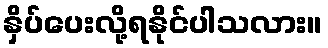
နှိပ်ပေးလို့ရနိုင်ပါသလား။